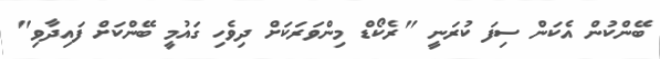
ބޭންކުން އެކަން ސިފަ ކުރަނީ "ރެކޯޑް މިންވަރަކަށް ދިވެހި ގައުމީ ބޭންކަށް ފައިދާވި"